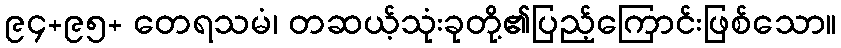
၉၄+၉၅+ တေရသမံ၊ တဆယ့်သုံးခုတို့၏ပြည့်ကြောင်းဖြစ်သော။